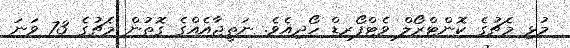
މުޅި މެޗުގެ ކޮންޓްރޯލް ވެޓްފޯރޑް ހޯދިއެވެ. ނަތީޖާއެއްގެ ގޮތުން މެޗުގެ 73 ވަނަ